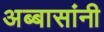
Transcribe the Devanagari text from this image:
अब्बासांनी